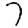
Digit: 7